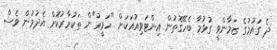
ދެ ގައުމުގެ ޒަމާންވީ ގުޅުމާ ބެހޭގޮތުން އިންޓަވިއުއަކަށް "ހަވީރު"ން ތަކުރާރުކޮށް އެދުމުން ވެސް